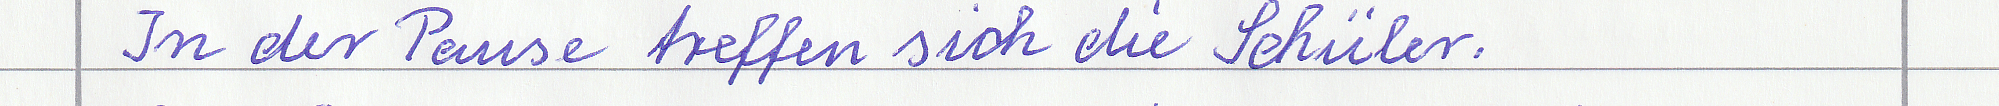
In der Pause treffen sich die Schüler.